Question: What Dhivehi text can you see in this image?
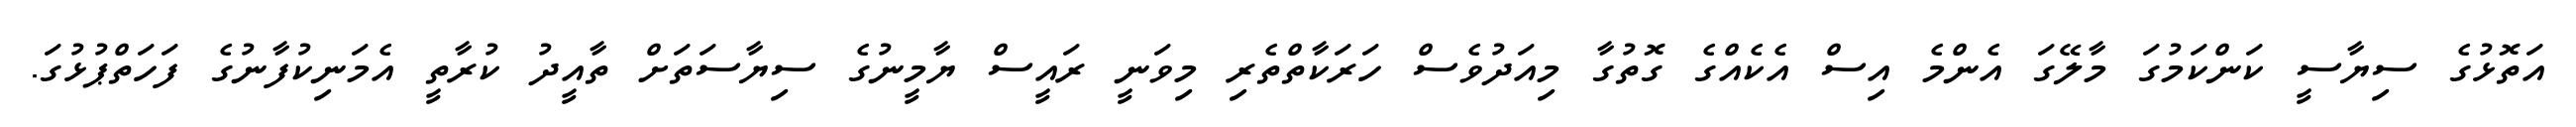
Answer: އަތޮޅުގެ ސިޔާސީ ކަންކަމުގަ މާލޭގަ އެންމެ އިސް އެކެއްގެ ގޮތުގާ މިއަދުވެސް ހަރަކާތްތެރި މިވަނީ ރައީސް ޔާމީނުގެ ސިޔާސަތަށް ތާއީދު ކުރާތީ އެމަނިކުފާނުގެ ފަހަތްޕުޅުގަ.